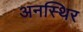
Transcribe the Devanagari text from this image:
अनस्थिर